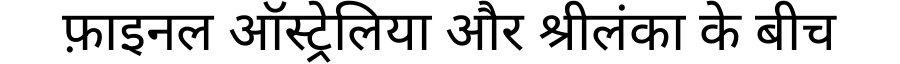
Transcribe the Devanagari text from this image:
फ़ाइनल ऑस्ट्रेलिया और श्रीलंका के बीच